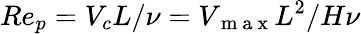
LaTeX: Re_{p}=V_{c}L/\nu=V_{\mathrm{~m~a~x~}}L^{2}/H\nu